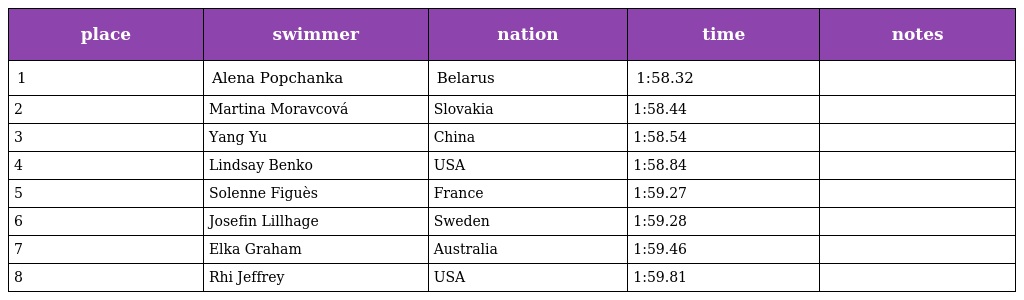
| place | swimmer | nation | time | notes |
 | --- | --- | --- | --- | --- |
 | 1 | Alena Popchanka | Belarus | 1:58.32 |  |
 | 2 | Martina Moravcová | Slovakia | 1:58.44 |  |
 | 3 | Yang Yu | China | 1:58.54 |  |
 | 4 | Lindsay Benko | USA | 1:58.84 |  |
 | 5 | Solenne Figuès | France | 1:59.27 |  |
 | 6 | Josefin Lillhage | Sweden | 1:59.28 |  |
 | 7 | Elka Graham | Australia | 1:59.46 |  |
 | 8 | Rhi Jeffrey | USA | 1:59.81 |  |